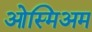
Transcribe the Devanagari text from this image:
ओस्मिअम